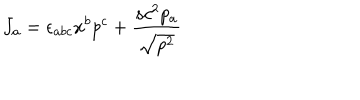
J _ { a } = \epsilon _ { a b c } x ^ { b } p ^ { c } + \frac { s c ^ { 2 } p _ { a } } { \sqrt { p ^ { 2 } } }